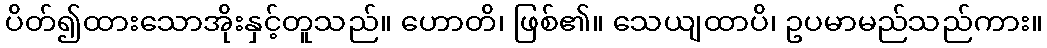
ပိတ်၍ထားသောအိုးနှင့်တူသည်။ ဟောတိ၊ ဖြစ်၏။ သေယျထာပိ၊ ဥပမာမည်သည်ကား။